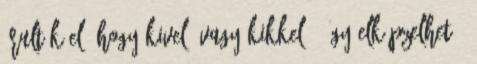
árulták el, hogy kivel, vagy kikkel , így elképzelhető,